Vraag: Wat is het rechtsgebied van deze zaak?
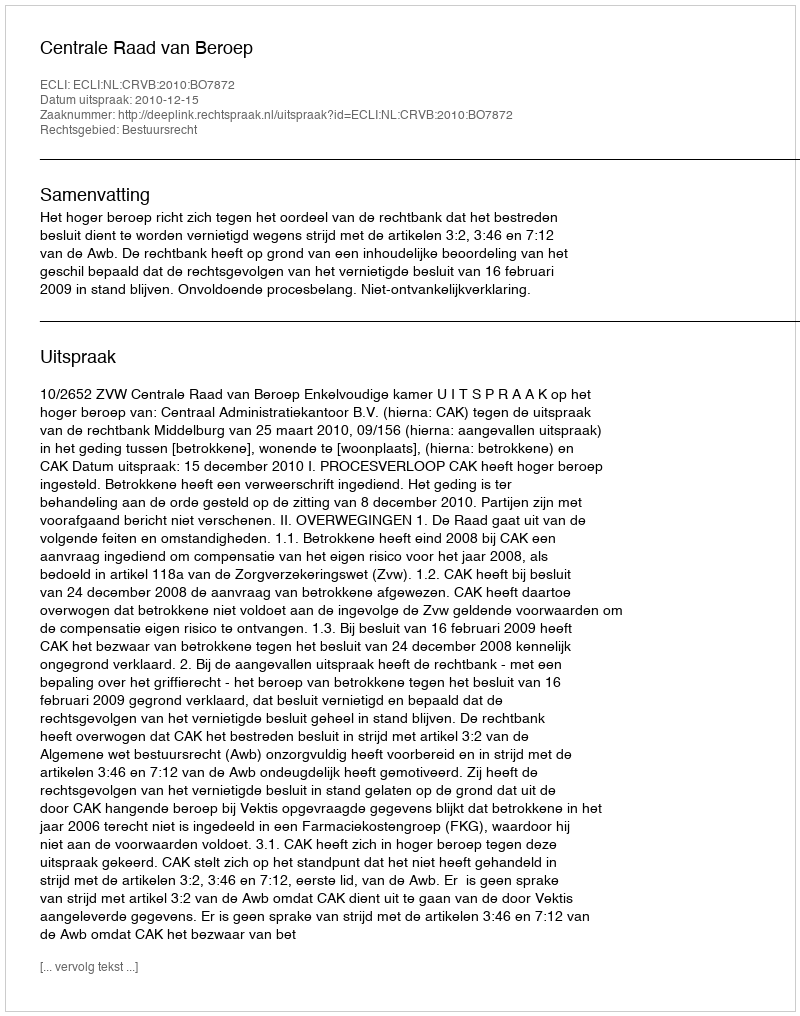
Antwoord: Bestuursrecht